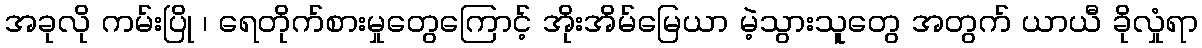
အခုလို ကမ်းပြို ၊ ရေတိုက်စားမှုတွေကြောင့် အိုးအိမ်မြေယာ မဲ့သွားသူတွေ အတွက် ယာယီ ခိုလှုံရာ